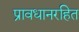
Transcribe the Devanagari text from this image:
प्रावधानरहित